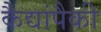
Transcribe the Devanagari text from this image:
कैद्यांपैकी